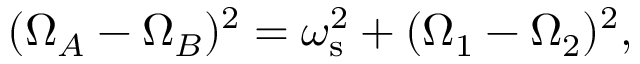
\begin{array} { r } { ( \Omega _ { A } - \Omega _ { B } ) ^ { 2 } = \omega _ { \mathrm { s } } ^ { 2 } + ( \Omega _ { 1 } - \Omega _ { 2 } ) ^ { 2 } , } \end{array}